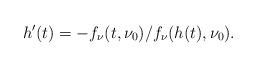
LaTeX: \begin{align*}h'(t)=-{f_\nu(t,\nu_0)}/{f_\nu(h(t),\nu_0)}.\end{align*}